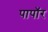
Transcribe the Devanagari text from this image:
पापॉर